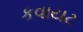
કવાયટ